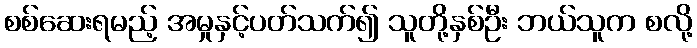
စစ်ဆေးရမည့် အမှုနှင့်ပတ်သက်၍ သူတို့နှစ်ဦး ဘယ်သူက စလို့